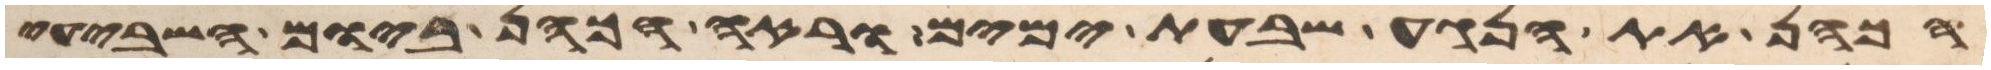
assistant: הכהן את הנגע שבעת ימים וראה הכהן ביום השביעי